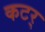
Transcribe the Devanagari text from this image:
कटर्‌